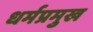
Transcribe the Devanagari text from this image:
धर्मप्रमुख